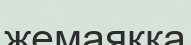
жемаяққа